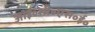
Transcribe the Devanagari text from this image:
आई॰सी॰एस॰ई॰